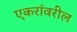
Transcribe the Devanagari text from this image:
एकरांवरील